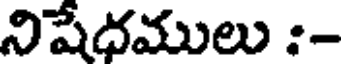
నిషేధములు :-